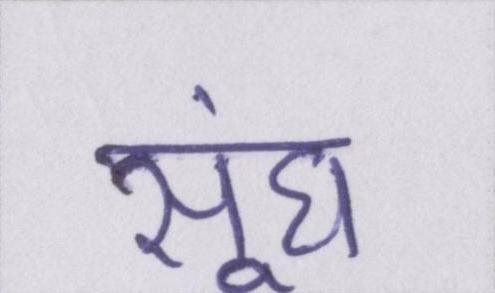
सूंघ